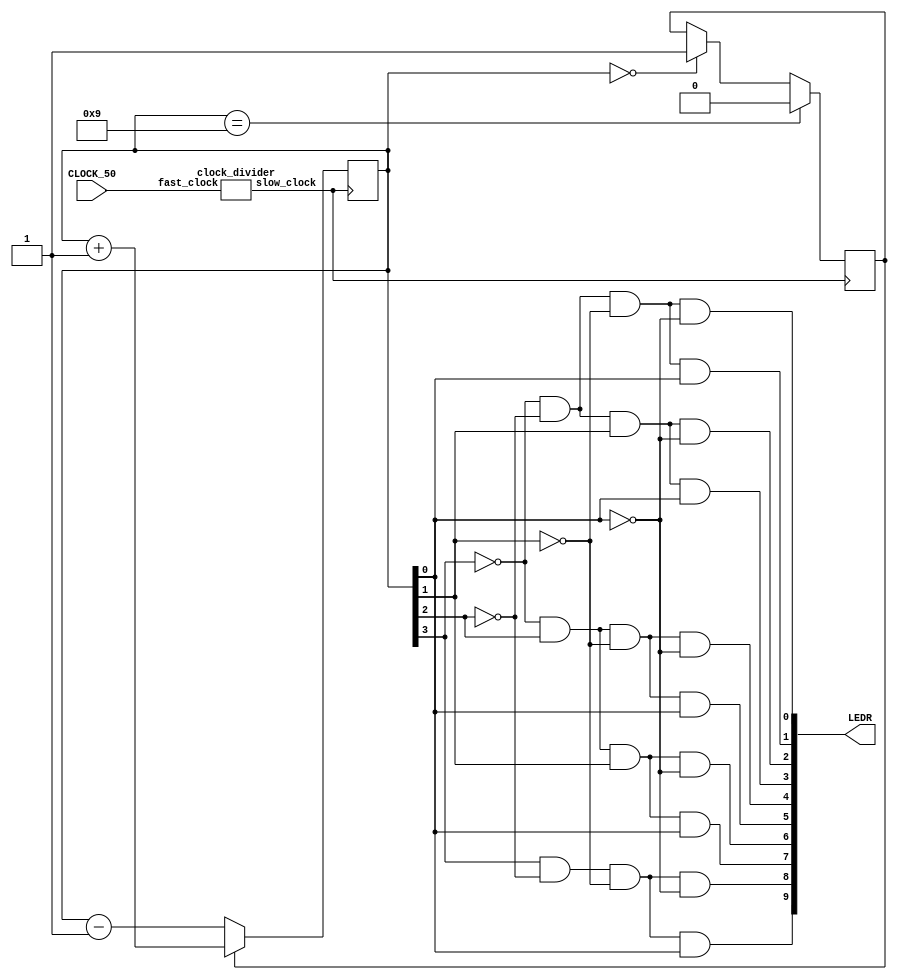
module knight_rider( input wire CLOCK_50, output wire [9:0] LEDR);
wire slow_clock;
reg[3:0] count;
reg count_up;

clock_divider u0 (.fast_clock(CLOCK_50), .slow_clock(slow_clock));

always @ (posedge slow_clock)
begin
    if (count_up)
        count <= count + 1'b1;
    else
        count <= count - 1'b1;

    if (count == 9)
        count_up <= 0;

    else if(count == 0)
        count_up <= 1'b1;
    else    
        count_up <= count_up;
end
    assign LEDR[0] = ~count[3] & ~count[2] & ~count[1] & ~count[0];
    assign LEDR[1] = ~count[3] & ~count[2] & ~count[1] & count[0];
    assign LEDR[2] = ~count[3] & ~count[2] & count[1] & ~count[0];
    assign LEDR[3] = ~count[3] & ~count[2] & count[1] & count[0];
    assign LEDR[4] = ~count[3] & count[2] & ~count[1] & ~count[0];
    assign LEDR[5] = ~count[3] & count[2] & ~count[1] & count[0];
    assign LEDR[6] = ~count[3] & count[2] & count[1] & ~count[0];
    assign LEDR[7] = ~count[3] & count[2] & count[1] & count[0];
    assign LEDR[8] = count[3] & ~count[2] & ~count[1] & ~count[0];
    assign LEDR[9] = count[3] & ~count[2] & ~count[1] & count[0];
endmodule


module clock_divider( input fast_clock, output slow_clock);
parameter COUNTER_SIZE = 23;
parameter COUNTER_MAX_COUNT = ( 2 ** COUNTER_SIZE) - 1;
reg [COUNTER_SIZE-1:0] count;

always @(posedge fast_clock)
begin
    if(count == COUNTER_MAX_COUNT)
        count <= 0;
    else
        count <= count + 1'b1; 
end

assign slow_clock = count[COUNTER_SIZE-1];
endmodule